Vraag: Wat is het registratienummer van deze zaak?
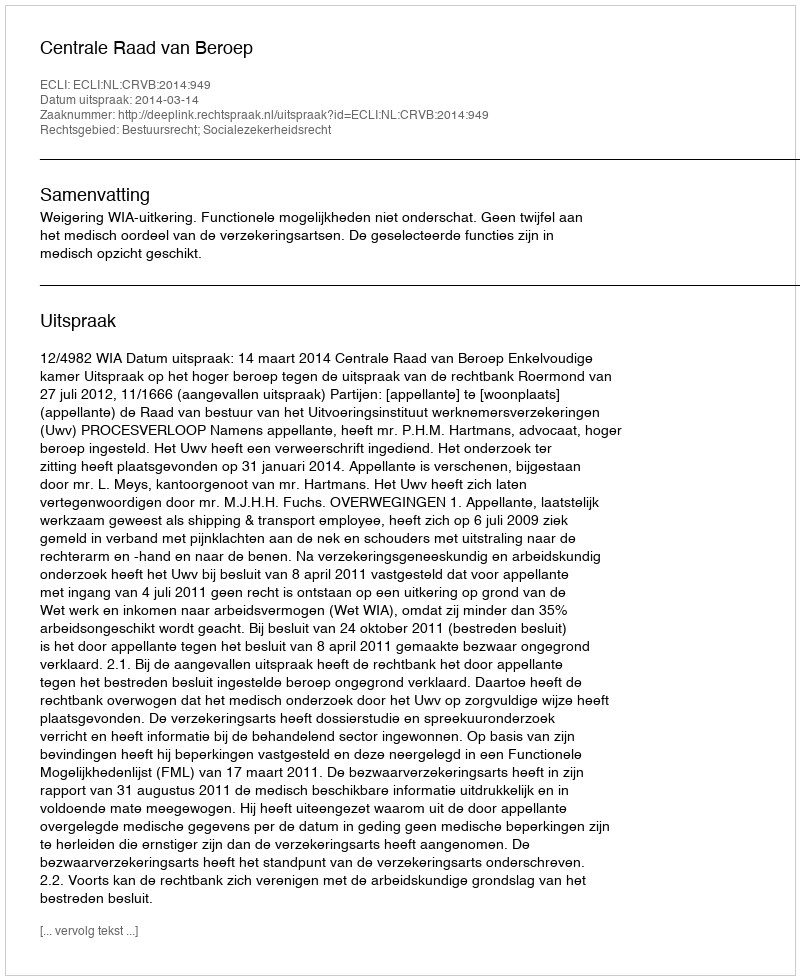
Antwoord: http://deeplink.rechtspraak.nl/uitspraak?id=ECLI:NL:CRVB:2014:949